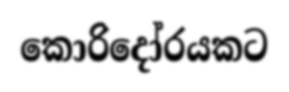
කොරිදෝරයකට